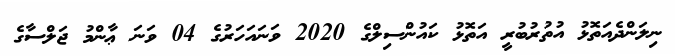
ނިލަންދެއަތޮޅު އުތުރުބުރީ އަތޮޅު ކައުންސިލްގެ 2020 ވަނައަހަރުގެ 04 ވަނަ ޢާންމު ޖަލްސާގެ